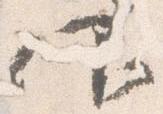
仰